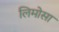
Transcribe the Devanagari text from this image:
लिमोसा